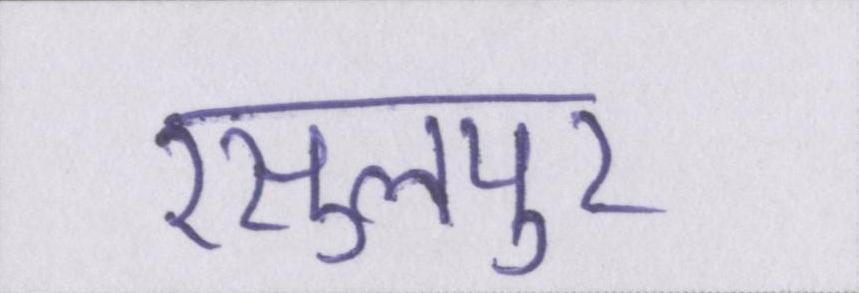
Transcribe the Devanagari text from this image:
रसुलपुर